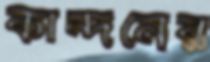
কান্দনের